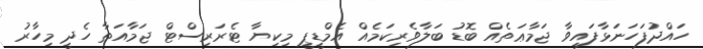
ހައްދުފަހަނަޅާފައިވާ ޖަމާޢަތެއް ބޮޑު ބަލާވެރިކަމެއް އެމްޑީޕީ މިކިޔާ ޓެރަރިސްޓް ޖަމާއަތާ ހެދީ މިހާރު